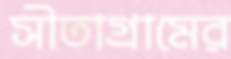
সীতাগ্রামের